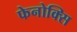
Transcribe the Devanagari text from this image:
फेनोक्सि